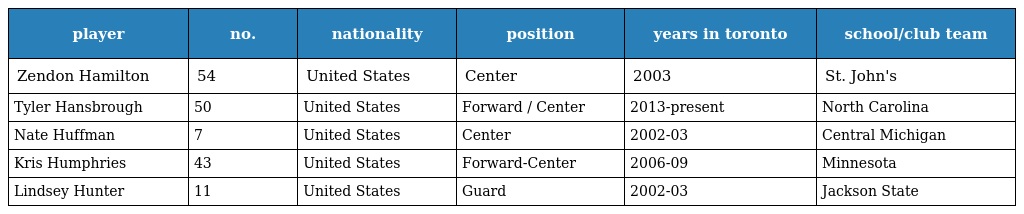
| player | no. | nationality | position | years in toronto | school/club team |
 | --- | --- | --- | --- | --- | --- |
 | Zendon Hamilton | 54 | United States | Center | 2003 | St. John's |
 | Tyler Hansbrough | 50 | United States | Forward / Center | 2013-present | North Carolina |
 | Nate Huffman | 7 | United States | Center | 2002-03 | Central Michigan |
 | Kris Humphries | 43 | United States | Forward-Center | 2006-09 | Minnesota |
 | Lindsey Hunter | 11 | United States | Guard | 2002-03 | Jackson State |